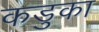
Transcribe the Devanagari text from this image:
कडुका